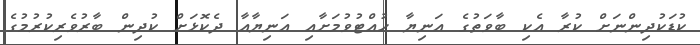
ކުޑަކުދިންނަށް ކުރާ އެކި ބާވަތުގެ އަނިޔާ ހުއްޓުވުމަށާއި އަނިޔާއާ ދެކޮޅަށް ކުދިން ބާރުވެރިކުރުމުގެ